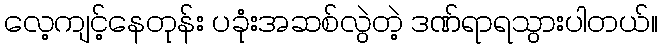
လေ့ကျင့်နေတုန်း ပခုံးအဆစ်လွဲတဲ့ ဒဏ်ရာရသွားပါတယ်။